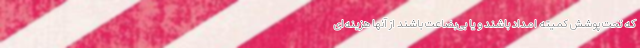
که تحت پوشش کمیته امداد باشند و یا بی‌بضاعت باشند از آنها هزینه‌ای